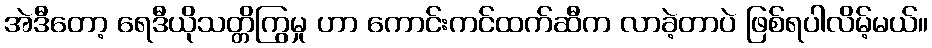
အဲဒီတော့ ရေဒီယိုသတ္တိကြွမှု ဟာ ကောင်းကင်ထက်ဆီက လာခဲ့တာပဲ ဖြစ်ရပါလိမ့်မယ်။